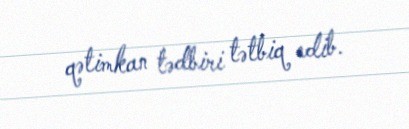
qətimkan tədbiri tətbiq edib.